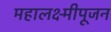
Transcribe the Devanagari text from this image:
महालक्ष्मीपूजन